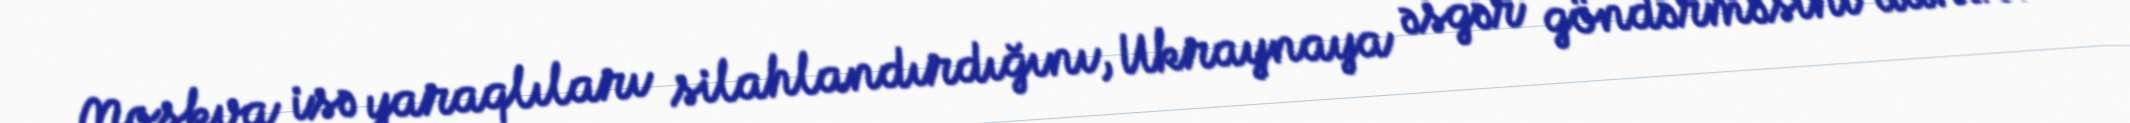
Moskva isə yaraqlıları silahlandırdığını, Ukraynaya əsgər göndərməsini danır.